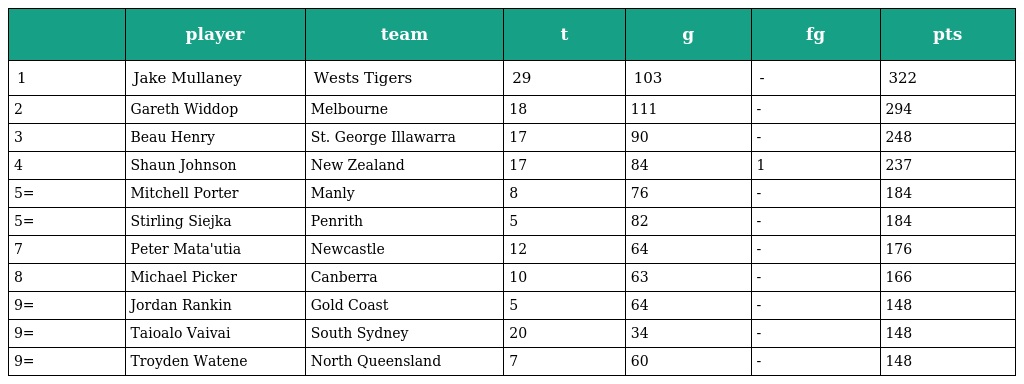
|  | player | team | t | g | fg | pts |
 | --- | --- | --- | --- | --- | --- | --- |
 | 1 | Jake Mullaney | Wests Tigers | 29 | 103 | - | 322 |
 | 2 | Gareth Widdop | Melbourne | 18 | 111 | - | 294 |
 | 3 | Beau Henry | St. George Illawarra | 17 | 90 | - | 248 |
 | 4 | Shaun Johnson | New Zealand | 17 | 84 | 1 | 237 |
 | 5= | Mitchell Porter | Manly | 8 | 76 | - | 184 |
 | 5= | Stirling Siejka | Penrith | 5 | 82 | - | 184 |
 | 7 | Peter Mata'utia | Newcastle | 12 | 64 | - | 176 |
 | 8 | Michael Picker | Canberra | 10 | 63 | - | 166 |
 | 9= | Jordan Rankin | Gold Coast | 5 | 64 | - | 148 |
 | 9= | Taioalo Vaivai | South Sydney | 20 | 34 | - | 148 |
 | 9= | Troyden Watene | North Queensland | 7 | 60 | - | 148 |